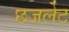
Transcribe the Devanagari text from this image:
छजलेट